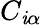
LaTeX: C_{\mathit{i}\alpha}